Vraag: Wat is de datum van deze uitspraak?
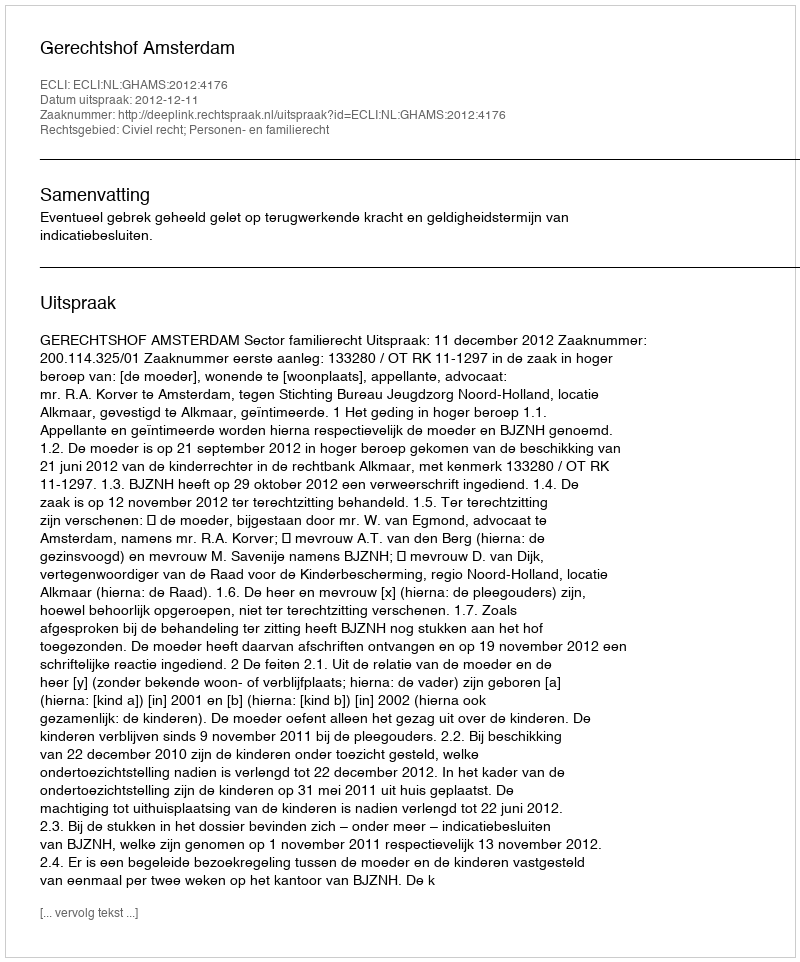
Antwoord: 2012-12-11